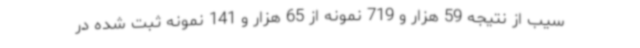
سیب از نتیجه 59 هزار و 719 نمونه از 65 هزار و 141 نمونه ثبت شده در